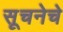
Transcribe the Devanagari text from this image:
सूचनेचे